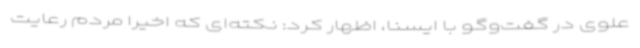
علوی در گفت‌وگو با ایسنا، اظهار کرد: نکته‌ای که اخیرا مردم رعایت